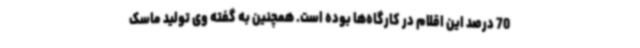
70 درصد این اقلام در کارگاه‌ها بوده است. همچنین به گفته وی تولید ماسک